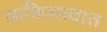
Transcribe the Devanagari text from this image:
व्यक्तिमत्वात